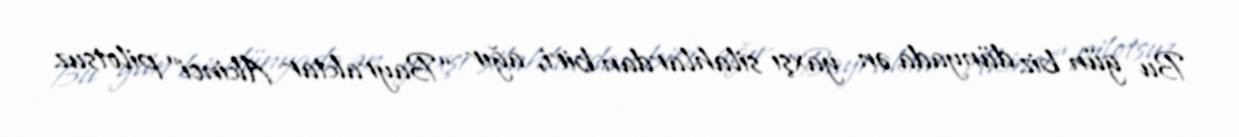
Bu gün biz dünyada ən yaxşı silahlardan biri, ağır “Bayraktar Akinci” pilotsuz